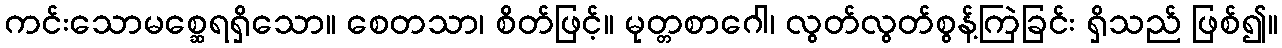
ကင်းသောမစ္ဆေရရှိသော။ စေတသာ၊ စိတ်ဖြင့်။ မုတ္တစာဂေါ၊ လွတ်လွတ်စွန့်ကြဲခြင်း ရှိသည် ဖြစ်၍။